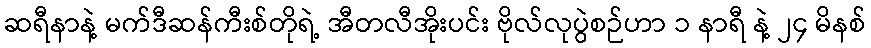
ဆရီနာနဲ့ မက်ဒီဆန်ကီးစ်တိုရဲ့ အီတလီအိုးပင်း ဗိုလ်လုပွဲစဉ်ဟာ ၁ နာရီ နဲ့ ၂၄ မိနစ်